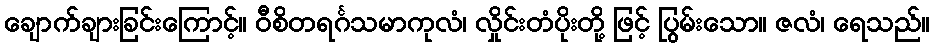
ချောက်ချားခြင်းကြောင့်။ ဝီစိတရင်္ဂသမာကုလံ၊ လှိုင်းတံပိုးတို့ ဖြင့် ပြွမ်းသော။ ဇလံ၊ ရေသည်။